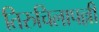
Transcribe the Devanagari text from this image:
तिरुचिलापल्ली